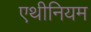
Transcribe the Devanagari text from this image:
एथीनियम